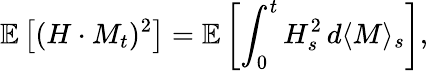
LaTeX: \mathbb{E}\left[(H\cdot M_{t})^{2}\right]=\mathbb{E}\left[\int_{0}^{t}H_{s}^{2}\, d\langle M\rangle_{s}\right],